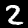
Label: 2